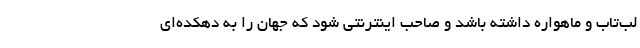
لب‌تاب و ماهواره داشته باشد و صاحب اینترنتی شود که جهان را به دهکده‌ای